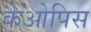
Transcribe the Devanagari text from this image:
केओपिस